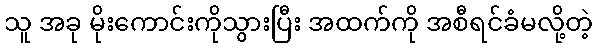
သူ အခု မိုးကောင်းကိုသွားပြီး အထက်ကို အစီရင်ခံမလို့တဲ့